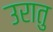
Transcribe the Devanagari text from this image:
उरातु